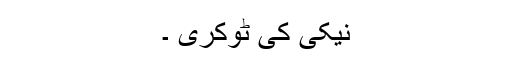
نیکی کی ٹوکری ۔